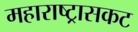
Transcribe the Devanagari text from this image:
महाराष्ट्रासकट